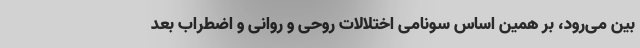
بین می‌رود، بر همین اساس سونامی اختلالات روحی و روانی و اضطراب بعد